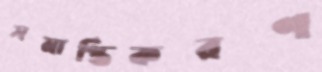
সমাপ্তিকরণ